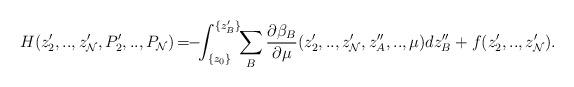
LaTeX: \begin{align*}H(z'_2,..,z'_{\cal N}, P'_2,..,P_{\cal N})\!=\!\!-\!\!\int_{\{z_0\}}^{\{z'_B\}}\!\!\sum_B\frac{\partial \beta_B}{\partial \mu}(z'_2,..,z'_{\cal N},z''_A,..,\mu) dz''_B +f(z'_2,..,z'_{\cal N}).\end{align*}